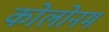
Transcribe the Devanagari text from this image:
कोलोनम